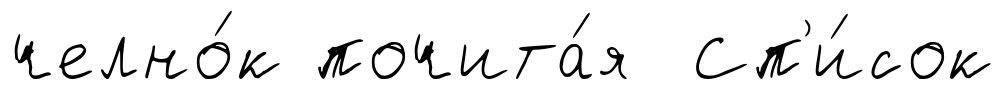
челно́к почита́я Сп'и́сок